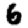
Digit: 6